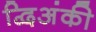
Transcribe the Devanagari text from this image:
द्विअंकी